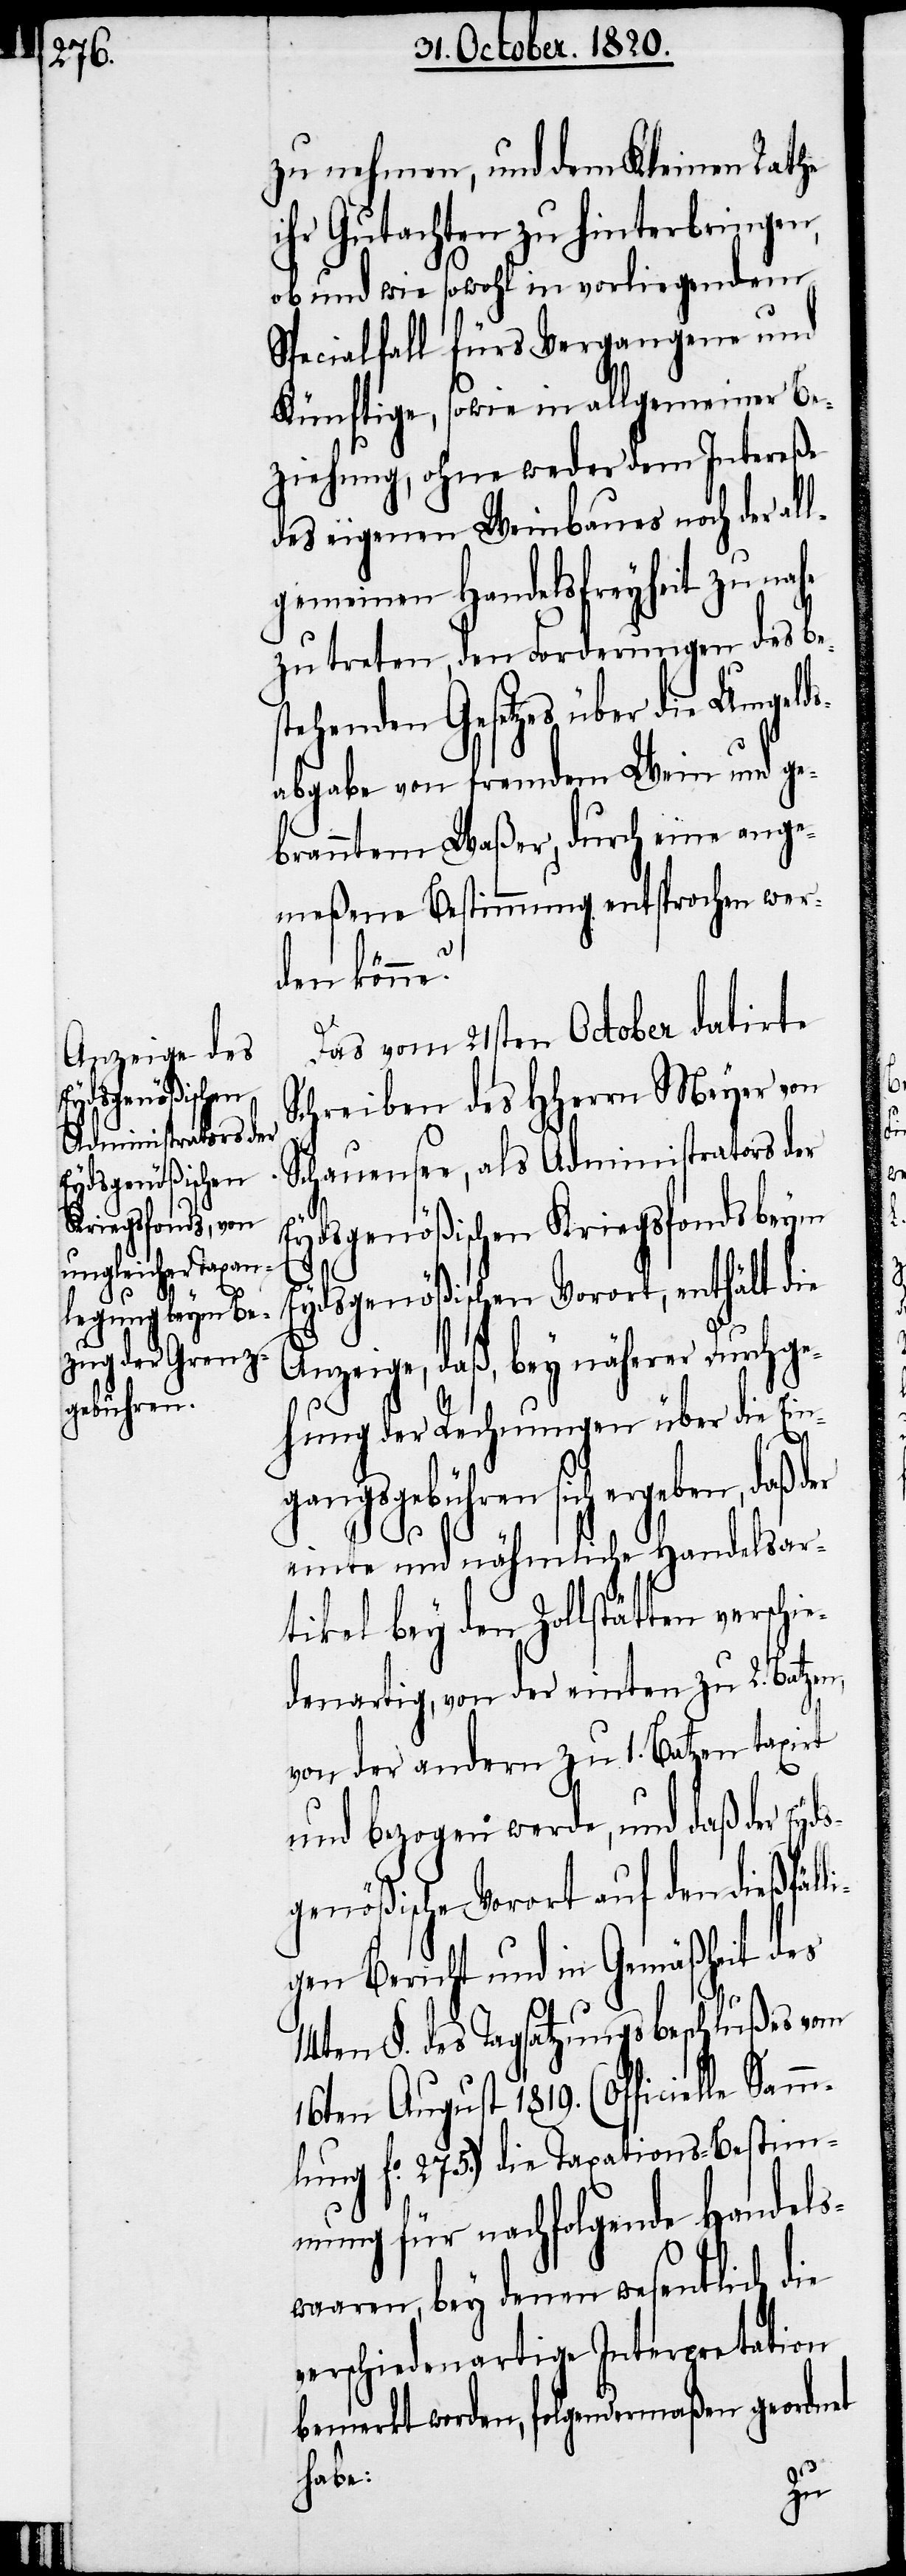
zu nehmen, und dem Kleinen Rathe
ihr Gutachten zu hinterbringen,
ob und wie sowohl in vorliegendem
Specialfall fürs Vergangene und
künftige, sowie in allgemeiner Be¬
ziehung, ohne weder dem Intereße
des eigenen Weinbaues noch der al¬
lgemeinen Handelsfreyheit zu nahe
zu treten, den Forderungen des bes¬
tehenden Gesetzes über die Umgeld¬
sabgabe von fremdem Wein und ge¬
branntem Waßer, durch eine ange¬
meßene Bestimmung entsprochen wer¬
den könne?
Das vom 21sten October datirte
Schreiben des Hherrn Meyer von
Schauensee, als Administrators der
Eydsgenößische Kriegsfonds beym
Eydsgenößischen Vorort, enthält die
Anzeige, daß, bey näherer Durchg¬
ehung der Rechnungen über die Ein¬
gangsgebühren sich ergeben,
einte und nähmliche Handelsar¬
tikel bey den Zollstätten verschi¬
edenartig, von der einten zu 2. Batzen,
von der andern zu 1. Batzen taxirt
und bezogen werde, und daß der Eyd¬
sgenößische Vorort auf den dißfäll¬
igen Bericht und in Gemäßheit des
14ten §. des Tagsatzungsbeschlußes vom
16ten August 1819. (officielle Sam¬
mlung fo. 275.9 die Taxations-Bestim¬
mungen für nachfolgende Handels¬
waaren, bey denen wesentlich die
verschiedenartige Interpretation
bemerkt werden, folgendermaßen geordnet
habe: